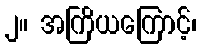
၂။ အကြိယကြောင့်၊